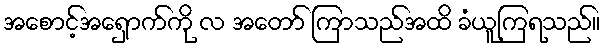
အစောင့်အရှောက်ကို လ အတော် ကြာသည်အထိ ခံယူကြရသည်။